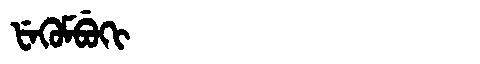
Manchu: ᡶᡝᡴᡠᠮᠪᡠᡴᡳ
Romanization: FEKUMBUKI